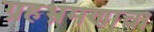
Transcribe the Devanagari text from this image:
ग्रहभ्रमणाचा